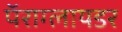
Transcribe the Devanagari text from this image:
पॅराग्लायडर